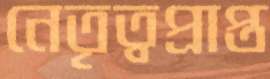
নেতৃত্বপ্রাপ্ত